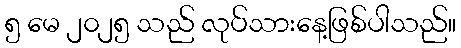
၅ မေ ၂၀၂၅ သည် လုပ်သားနေ့ဖြစ်ပါသည်။